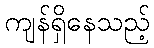
ကျန်ရှိနေသည့်